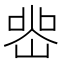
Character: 𭖲